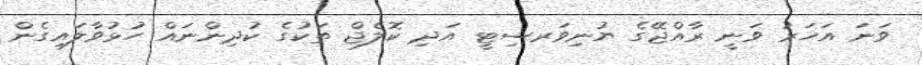
ވަނަ އަހަރު ވަނީ ރާއްޖޭގެ ޔުނިވަރސިޓީ އަދި ކޮލެޖް ތަކުގެ ކުދިންނައް ހުޅުވާލައިގެން